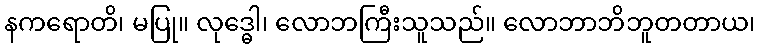
နကရောတိ၊ မပြု။ လုဒ္ဓေါ၊ လောဘကြီးသူသည်။ လောဘာဘိဘူတတာယ၊